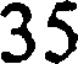
35